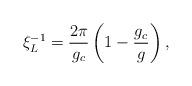
LaTeX: \begin{align*}\xi_{L}^{-1}={2\pi\over g_{c}}\left(1-{g_{c}\over g}\right),\end{align*}